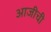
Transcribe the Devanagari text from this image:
आजीची